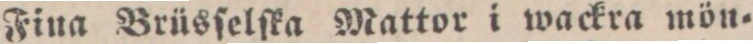
Fina Brüsſelſka Mattor i wackra mön=